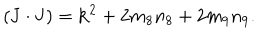
LaTeX: ( { \bf J } \cdot { \bf J } ) = { \bf k } ^ { 2 } + 2 m _ { 8 } n _ { 8 } + 2 m _ { 9 } n _ { 9 } .